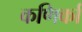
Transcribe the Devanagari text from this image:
कणिर्का